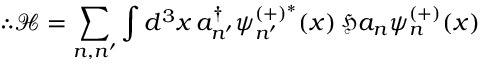
\therefore { \mathcal { H } } = \sum _ { n , n ^ { \prime } } \int d ^ { 3 } x \, a _ { n ^ { \prime } } ^ { \dagger } \psi _ { n ^ { \prime } } ^ { ( + ) ^ { * } } ( x ) \, { \mathfrak { H } } a _ { n } \psi _ { n } ^ { ( + ) } ( x )